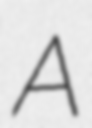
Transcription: A